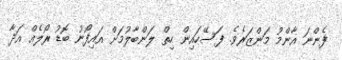
ފެންނަ އާންމު މަންޒަރެވެ. ފަސޭހައިން ހިތް ލަންބާލުމަށް އައިފޯނު ބޮޑު ރޯލެއް އަދާ